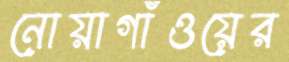
নোয়াগাঁওয়ের